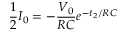
\frac { 1 } { 2 } I _ { 0 } = - \frac { V _ { 0 } } { R C } e ^ { - t _ { 2 } / R C }